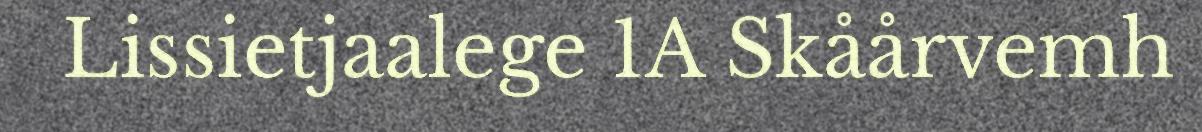
Lissietjaalege 1A Skåårvemh